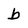
Character: b